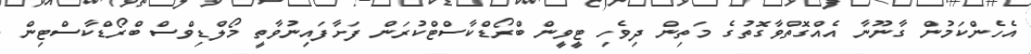
އެހެންކަމުން ގާނޫނާ އެއްގޮތްވާގޮތުގެ މަތިން ދިވެހި ޓީވީން ބްރޯޑްކާސްޓްކުރަން ފަށާފައިނުވާތީ މޯލްޑިވްސް ބްރޯޑްކާސްޓިން